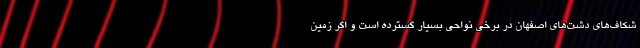
شکاف‌های دشت‌های اصفهان در برخی نواحی بسیار گسترده است و اگر زمین